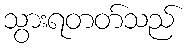
သွားရတတ်သည်